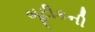
બૂટીકની